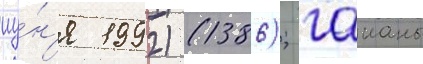
иу́н'я 1992) (1386); гаианы